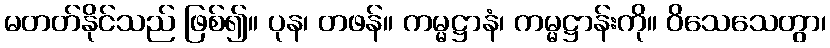
မတတ်နိုင်သည် ဖြစ်၍။ ပုန၊ တဖန်။ ကမ္မဋ္ဌာနံ၊ ကမ္မဋ္ဌာန်းကို။ ဝိသေသေတွာ၊